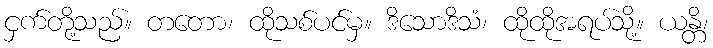
ငှက်တို့သည်။ တတော၊ ထိုသစ်ပင်မှ။ ဒိသောဒိသံ၊ ထိုထိုအရပ်သို့။ ယန္တိ၊